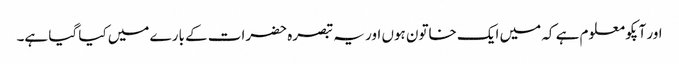
اور آپکو معلوم ہے کہ میں ایک خاتون ہوں اور یہ تبصرہ حضرات کے بارے میں کیا گیا ہے۔